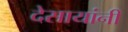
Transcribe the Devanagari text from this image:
देसायांनी